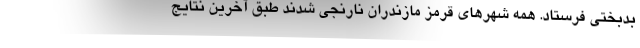
بدبختی فرستاد. همه شهرهای قرمز مازندران نارنجی شدند طبق آخرین نتایج